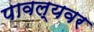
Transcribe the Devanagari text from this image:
पावल्यवर